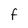
Character: f